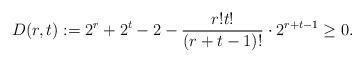
LaTeX: \begin{align*} D(r,t):=2^r+2^t-2 -\frac {r!t!}{(r+t-1)!}\cdot 2^{r+t-1} \geq 0.\end{align*}